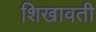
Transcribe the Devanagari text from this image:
शिखावती